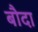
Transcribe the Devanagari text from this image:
बौदा